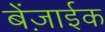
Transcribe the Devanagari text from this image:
बेंज़ाईक